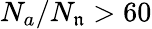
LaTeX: N_{a}/N_{\mathfrak{n}}>60